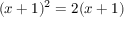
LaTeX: ( x + 1 ) ^ { 2 } = 2 ( x + 1 )